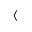
\langle